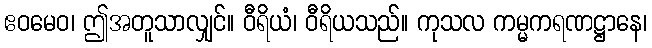
ဧဝမေဝ၊ ဤအတူသာလျှင်။ ဝီရိယံ၊ ဝီရိယသည်။ ကုသလ ကမ္မကရဏဋ္ဌာနေ၊